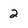
Character: 2